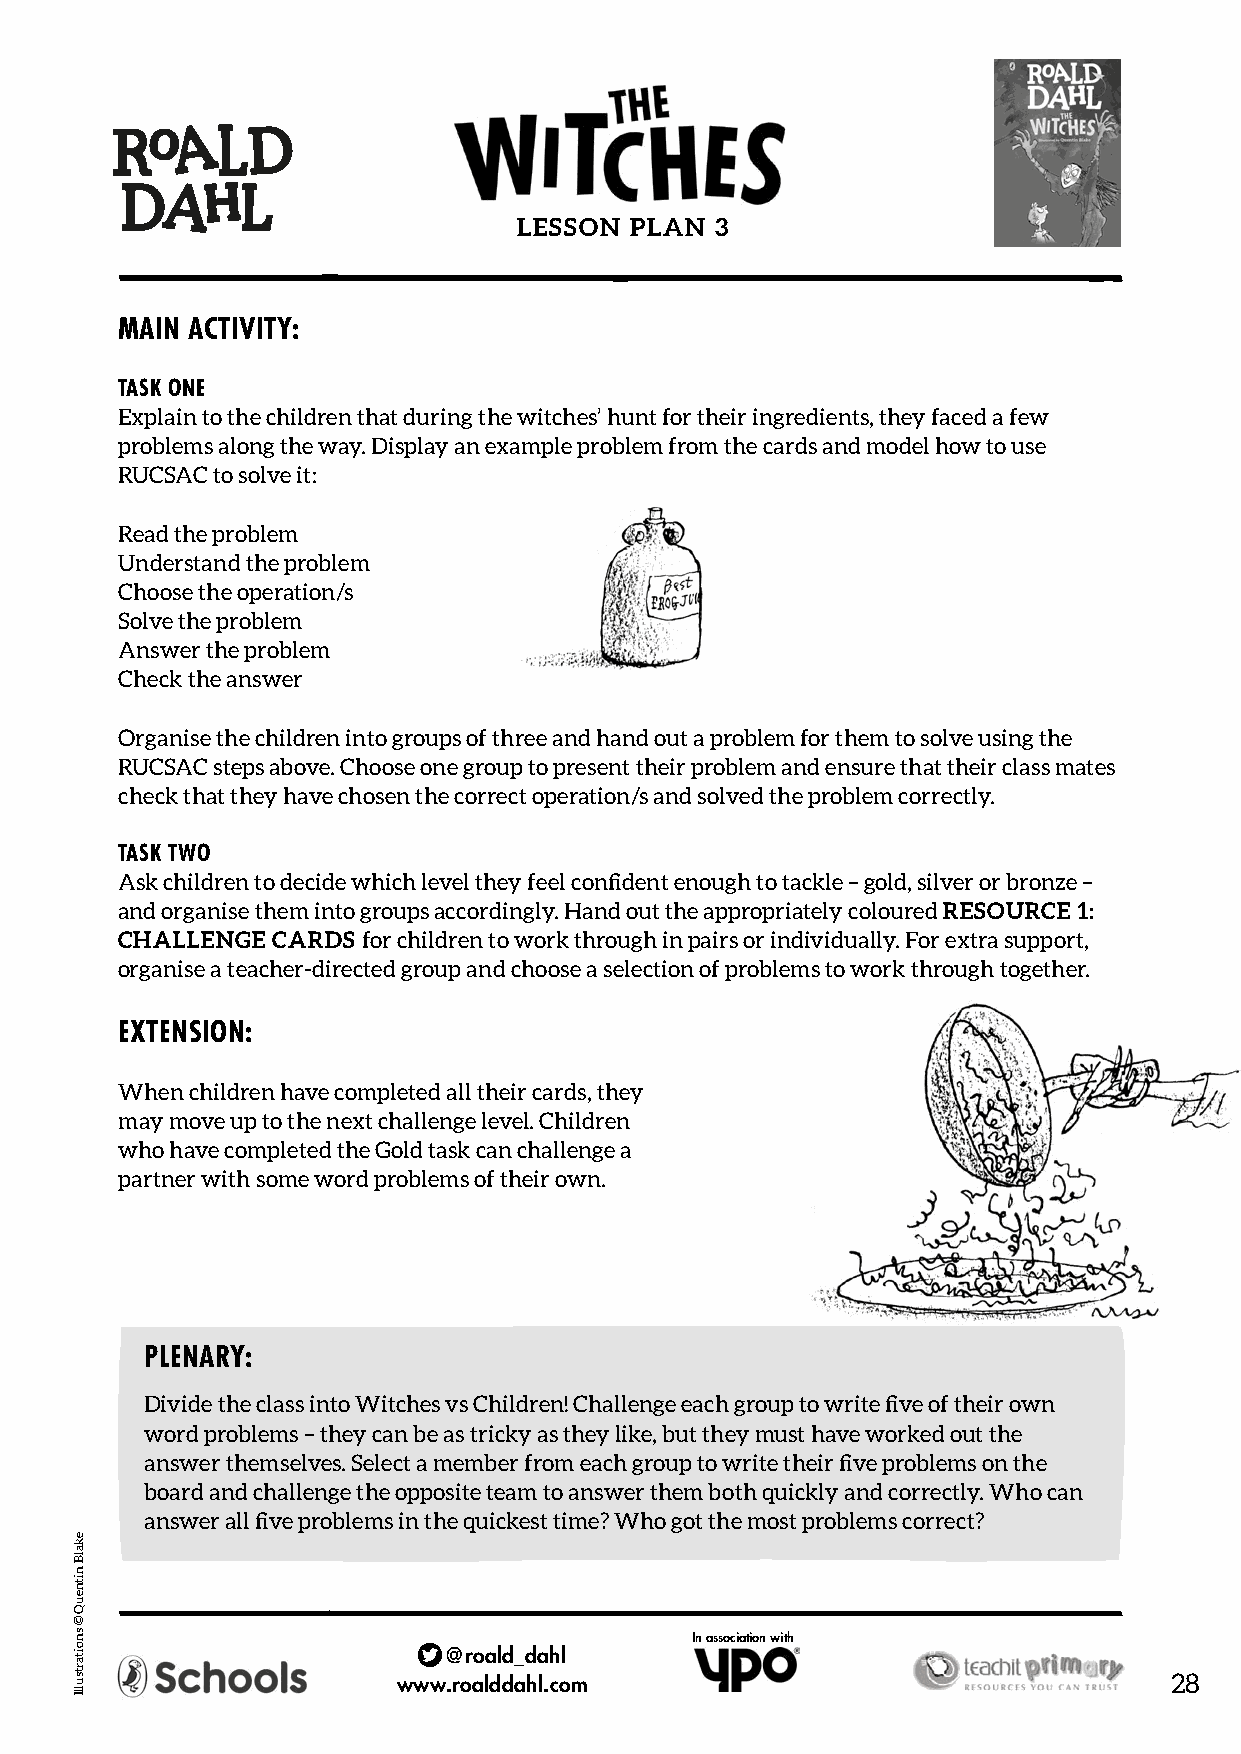
LESSON  PLAN 3
 MAIN ACTIVITY:
 TASK ONE
 Explain to the children that during the witches’ hunt for their ingredients, they faced a few
 problems along the way. Display an example problem from the cards and model how to use
 RUCSAC to solve it:
 Read the problem
 Understand the problem
 Choose the operation/s
 Solve the problem
 Answer the problem
 Check the answer
 Organise the children into groups of three and hand out a problem for them to solve using the
 RUCSAC steps above. Choose one group to present their problem and ensure that their class mates
 check that they have chosen the correct operation/s and solved the problem correctly.
 TASK TWO
 Ask children to decide which level they feel confident enough to tackle – gold, silver or bronze –
 and organise them into groups accordingly. Hand out the appropriately coloured RESOURCE 1:
 CHALLENGE CARDS for children to work through in pairs or individually. For extra support,
 organise a teacher-directed group and choose a selection of problems to work through together.
 EXTENSION:
 When children have completed all their cards, they
 may move up to the next challenge level. Children
 who have completed the Gold task can challenge a
 partner with some word problems of their own.
 PLENARY:
 Divide the class into Witches vs Children! Challenge each group to write five of their own
 word problems – they can be as tricky as they like, but they must have worked out the
 answer themselves. Select a member from each group to write their five problems on the
 board and challenge the opposite team to answer them both quickly and correctly. Who can
 answer all five problems in the quickest time? Who got the most problems correct?
 In association with
 @roald_dahl
 www.roalddahl.com                                  28
 ekalB
 nitneuQ
 ©
 snoitartsullI